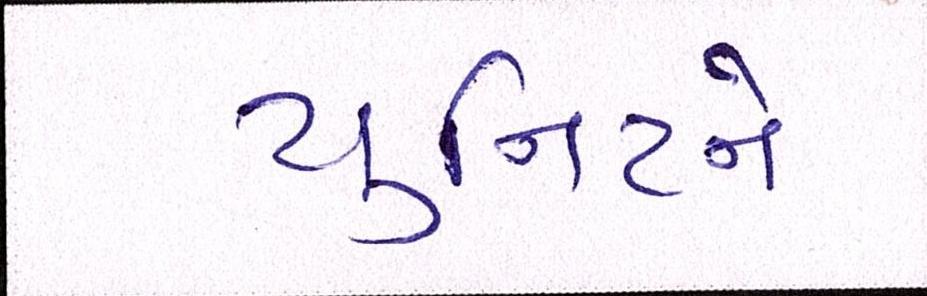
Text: યુનિટને